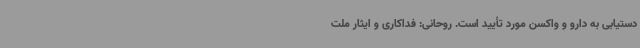
دستیابی به دارو و واکسن مورد تأیید است. روحانی: فداکاری و ایثار ملت